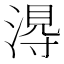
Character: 𭱭